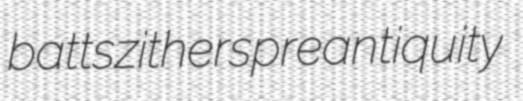
batts zithers preantiquity